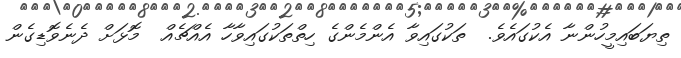
ތިޔަބައިމީހުންނާ އެކުގައެވެ.  ތަކުގައިވާ އެންމެންގެ ހިތްތަކުގައިވާހާ އެއްޗެއް  މޮޅަށް ދެނެވޮޑިގެން